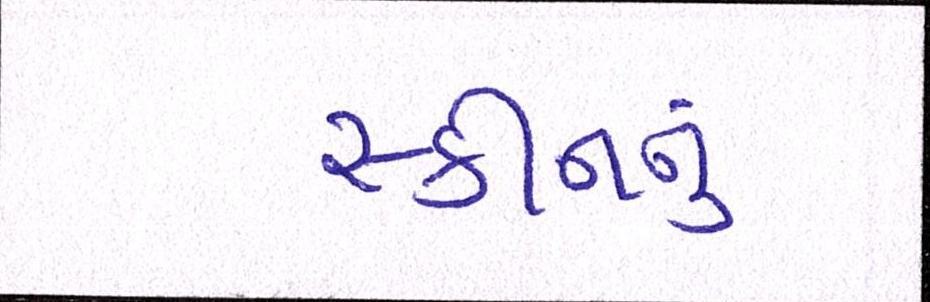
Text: સ્કીનનું